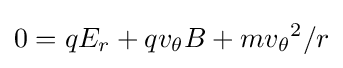
0=qE_{r}+qv_{\theta }B+m{v_{\theta }}^{2}/r